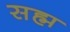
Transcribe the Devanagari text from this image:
सह्म